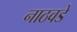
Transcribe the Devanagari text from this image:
नाठवडे